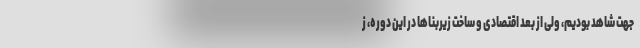
جهت شاهد بودیم، ولی از بعد اقتصادی و ساخت زیربناها در این دوره، ز